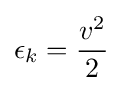
\epsilon _{k}={\frac {v^{2}}{2}}